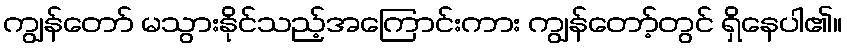
ကျွန်တော် မသွားနိုင်သည့်အကြောင်းကား ကျွန်တော့်တွင် ရှိနေပါ၏။